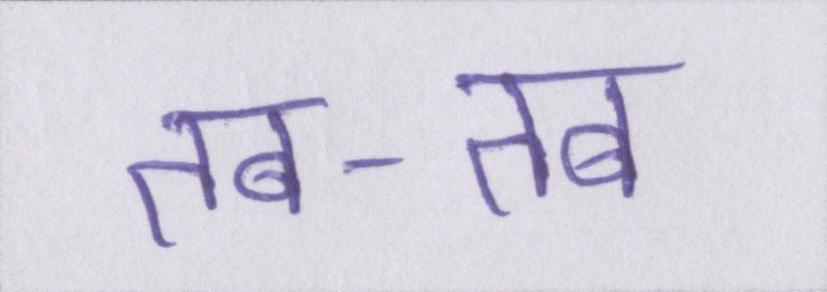
तब-तब